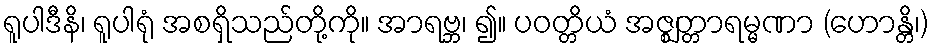
ရူပါဒီနိ၊ ရူပါရုံ အစရှိသည်တို့ကို။ အာရဗ္ဘ၊ ၍။ ပဝတ္တိယံ အဇ္ဈတ္တာရမ္မဏာ (ဟောန္တိ၊)